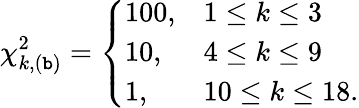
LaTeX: \chi_{k,(\mathtt{b})}^{2}=\left\{ \begin{array}{ll}{{100,}}&{{1\leq k\leq 3}}\\ {{10,}}&{{4\leq k\leq 9}}\\ {{1,}}&{{10\leq k\leq 18.}}\end{array}\right.